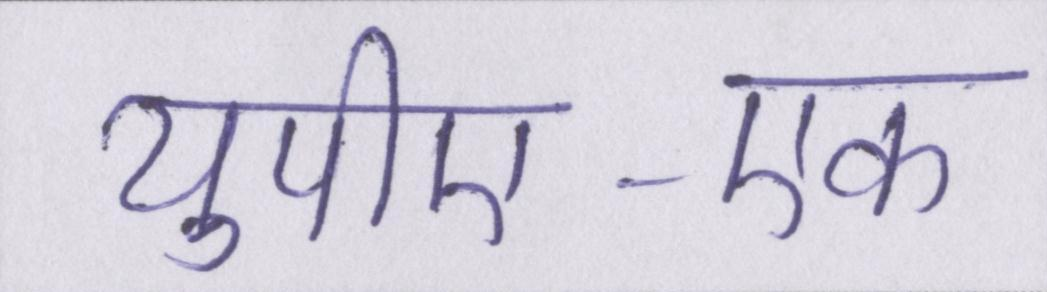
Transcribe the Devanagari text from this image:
यूपीए-एक